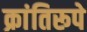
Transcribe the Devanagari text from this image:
क्रांतिरूपे